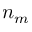
n _ { m }